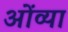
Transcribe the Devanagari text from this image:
ओंव्या